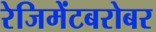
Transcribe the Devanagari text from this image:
रेजिमेंटबरोबर